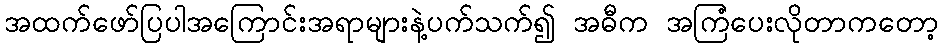
အထက်ဖော်ပြပါအကြောင်းအရာများနဲ့ပက်သက်၍ အဓီက အကြံပေးလိုတာကတော့